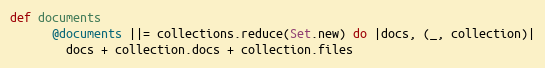
Language: Ruby
def documents
      @documents ||= collections.reduce(Set.new) do |docs, (_, collection)|
        docs + collection.docs + collection.files